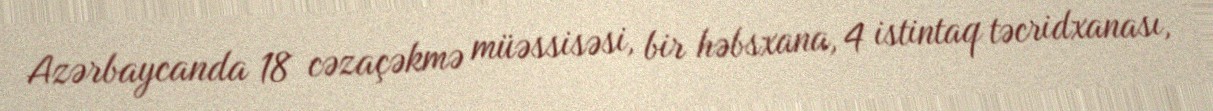
Azərbaycanda 18 cəzaçəkmə müəssisəsi, bir həbsxana, 4 istintaq təcridxanası,